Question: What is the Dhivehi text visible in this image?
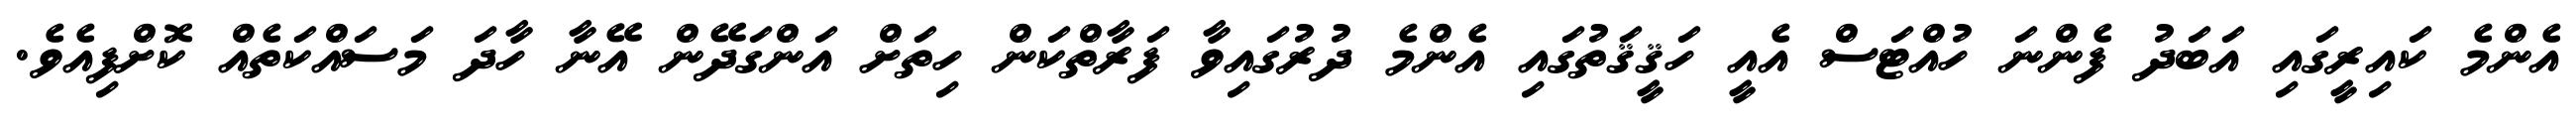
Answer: އެންމެ ކައިރީގައި އަބަދު ފެންނަ ހުއްޓަސް އެއީ ހަޤީޤަތުގައި އެންމެ ދުރުގައިވާ ފަރާތްކަން ހިތަށް އަންގަދޭން އޭނާ ހާދަ މަސައްކަތެއް ކޮށްފިއެވެ.